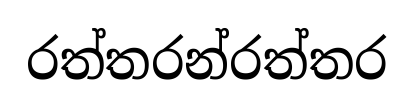
රත්තරන්රත්තර